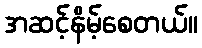
အဆင့်နိမ့်စေတယ်။